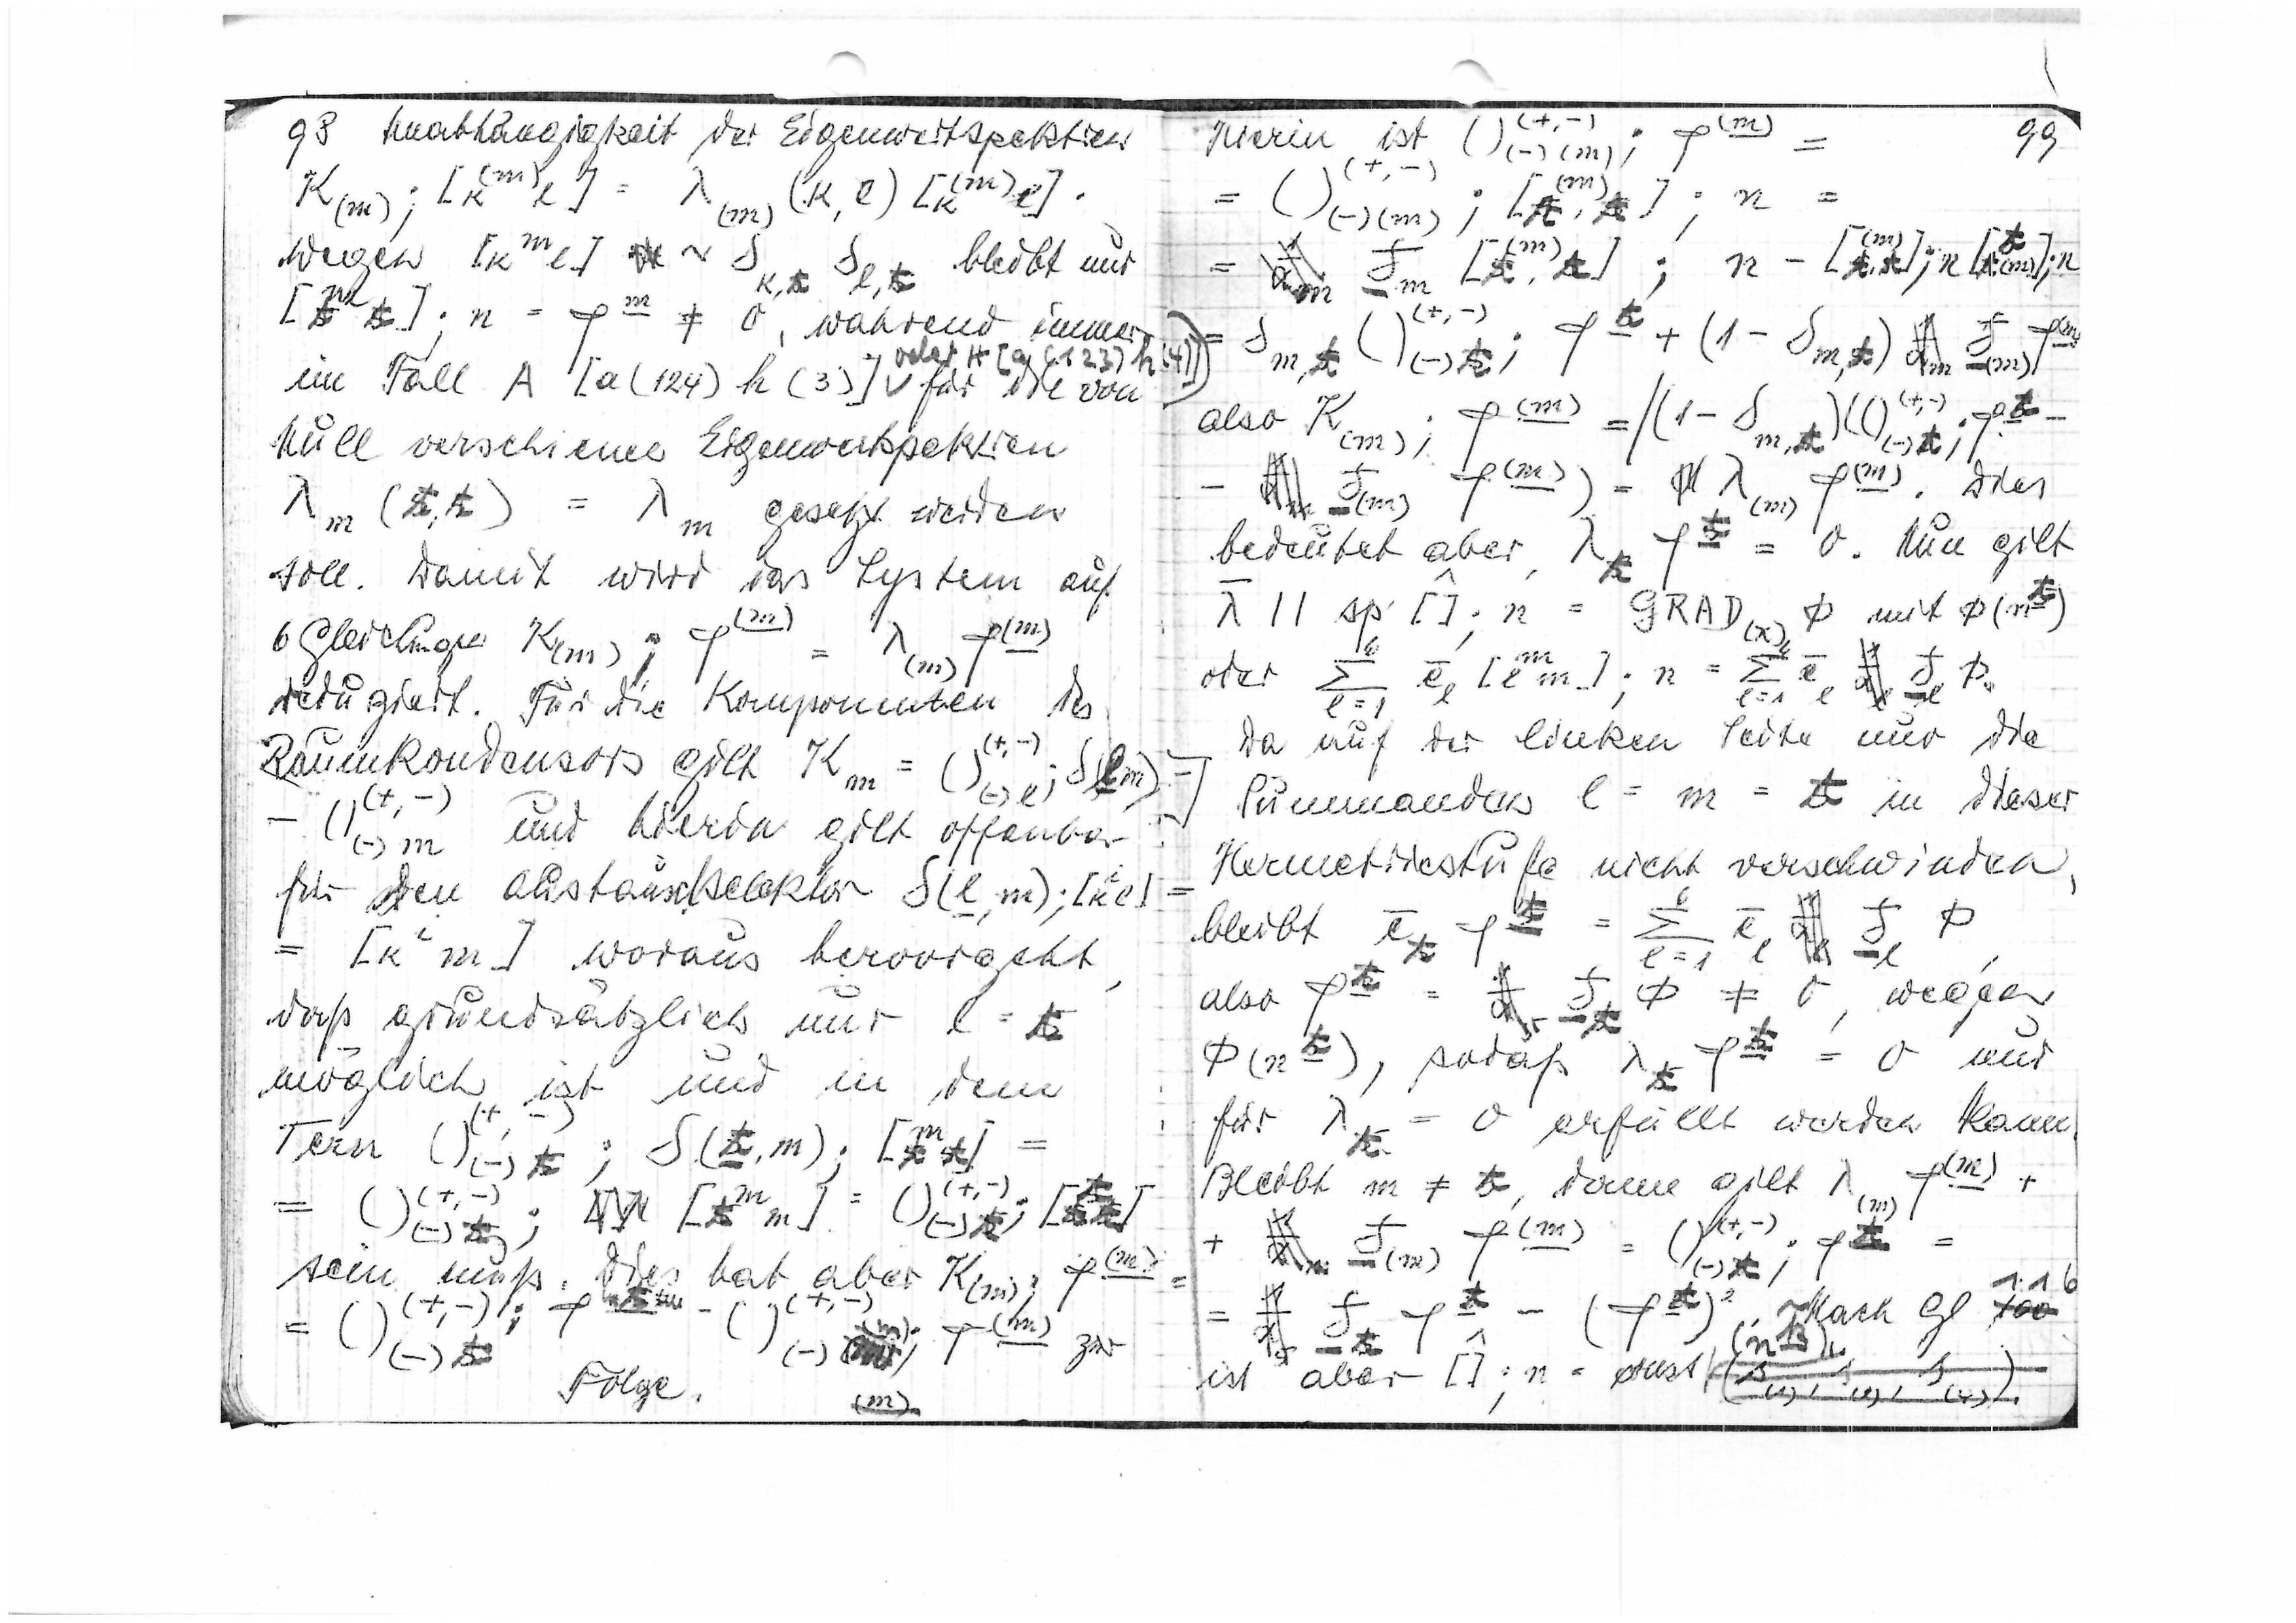
35
tathängigkeit der Eigenwertspektren
Kpn); []= λmn) ( l) 4)
wegen
[]
Kx Gl,x
bleibt unr
[flp];n = φ ≠ 0
während immer
 velet H (al 4.123)1
im Fall A [a(124) h(33)4
für die von
Mull verschieme Eigenwerkpektren
λm(αx) = λm
gesetzt werden
soll. Damit wird das Lustem auf
1
x()
6 Gleicluger
K() ∞Epl2)
=
(313)
dedusiert Fur die Komponenten des
(4,-)
Raumkondensors gilt
Km =(e; Sr
(4,
(=) 112
und hierin eilt offenba
zur den Austanschselektor
Sll, m); i
= [K ν2]
woraus hervorgeht
daß arundsätzlich nur l=x
möglich ist und in dem
=
Teln
(3x; S(α, m);[]x
4)
-
18
=(){; λ] []]=C
op. Al
sein muß. Dies hat aber Kl:
(
(,=)|;
=
  z
6
(-) B
Folge
1822)

55
1)
=
Hieren ist
(J(-)(1)1
(≠
=(11
=
=
Cosems, L,)= n
f
5
= α m [, x]; n=[k ]; n kars
7 fl
(,) φ 4 (1- Om ]) d L1)
W
()
p( =((|=
also Rams,

Apens) = φ ]
pan),
dies
bedeutet aber
=H Llm

= 0 Nun gilt

λ|] sp [];n = GRAD() mit p(4ν)

m

oder ² { [l m];n ==2
1
Iul
Da auf der linken Seite nur die
Summanden l= m= σ in dieser
Hermetriestufe nicht verschwinden.

 = I l.q 3
bleibt

( l  l
5

also

f = 0
wegen
A
p
= 0 und
φ(x[),
sodaß
De
I
für
1
= 0 erfüllt werden kann
Bleibt m ≠ σ dann gilt
λ)
(2)
18
5
)φ
A(14) = (/()
+
Ra  (1)/
 (φ4)
Mach Gl
1.16
100

(n. Bu.
he
ist aber
17.
n = gtekst
S
beblh